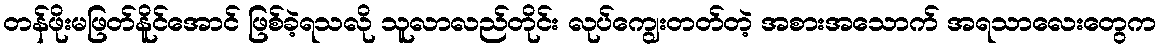
တန်ဖိုးမဖြတ်နိူင်အောင် ဖြစ်ခဲ့ရသလို သူလာလည်တိုင်း လုပ်ကျွေးတတ်တဲ့ အစားအသောက် အရသာလေးတွေက